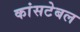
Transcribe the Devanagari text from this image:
कांसटेबल